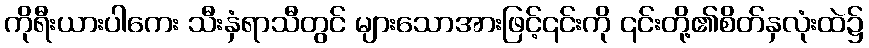
ကိုရီးယားပါကေး သီးနှံရာသီတွင် များသောအားဖြင့်၎င်းကို ၎င်းတို့၏စိတ်နှလုံးထဲ၌